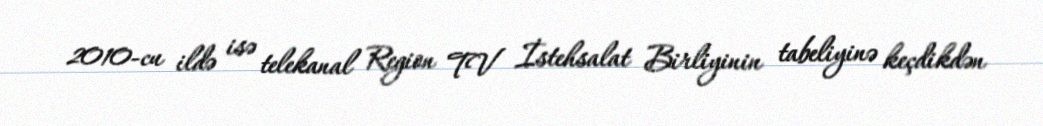
2010-cu ildə isə telekanal Region TV İstehsalat Birliyinin tabeliyinə keçdikdən